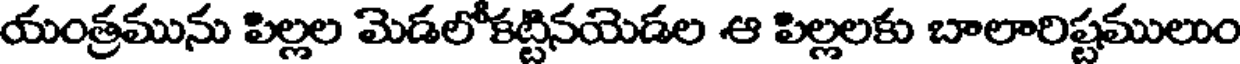
యంత్రమును పిల్లల మెడలోకట్టినయెడల ఆ పిల్లలకు బాలారిష్టములుం